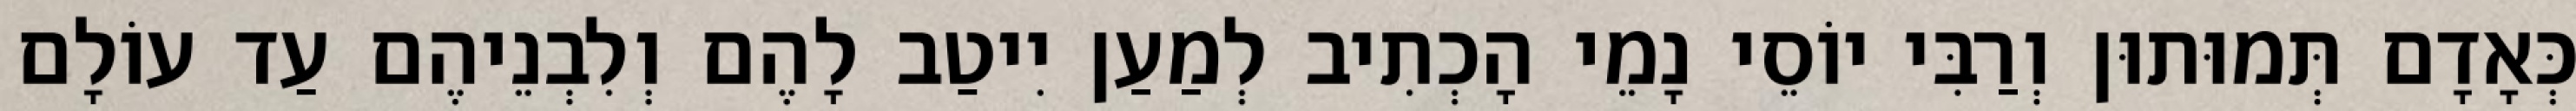
כְּאָדָם תְּמוּתוּן וְרַבִּי יוֹסֵי נָמֵי הָכְתִיב לְמַעַן יִיטַב לָהֶם וְלִבְנֵיהֶם עַד עוֹלָם